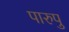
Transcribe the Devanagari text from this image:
पारुपु